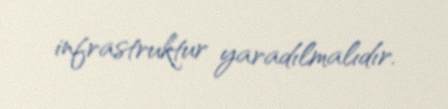
infrastruktur yaradılmalıdır.